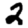
Digit: 2